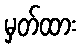
မှတ်ထား